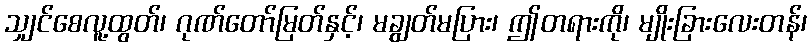
သျှင်စေလူ့ထွတ်၊ ဂုဏ်တော်မြတ်နှင့်၊ မချွတ်မပြား၊ ဤတရားကို၊ မျိုးခြားလေးတန်၊